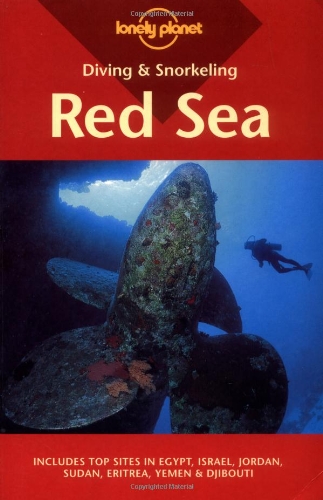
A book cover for Diving & Snorkeling Red Sea: Includes Top Sites in Egypt, Israel, Jordan, Sudan, Eritrea, Yemen & Djibouti (Lonely Planet Diving & Snorkeling Red Sea); Jean-Bernard Carillet; Travel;